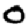
Digit: 0